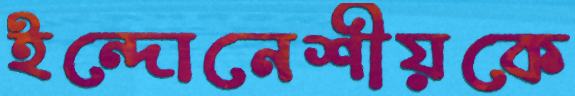
ইন্দোনেশীয়কে